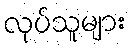
လုပ်သူများ